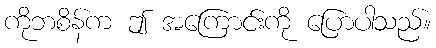
ကိုဘစိန်က ဤ အကြောင်းကို ပြောပါသည်။